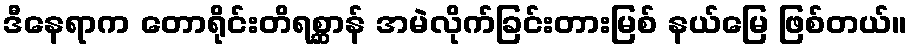
ဒီနေရာက တောရိုင်းတိရစ္ဆာန် အမဲလိုက်ခြင်းတားမြစ် နယ်မြေ ဖြစ်တယ်။